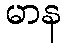
မာန